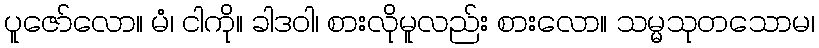
ပူဇော်လော။ မံ၊ ငါကို။ ခါဒဝါ၊ စားလိုမူလည်း စားလော။ သမ္မသုတသောမ၊